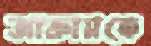
আক্রামকে